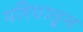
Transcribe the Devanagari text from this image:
परिघातून